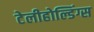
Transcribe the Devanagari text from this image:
टेलीहोल्डिंग्स